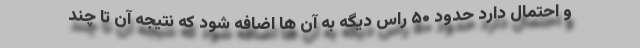
و احتمال دارد حدود ۵۰ راس دیگه به آن ها اضافه شود که نتیجه آن تا چند